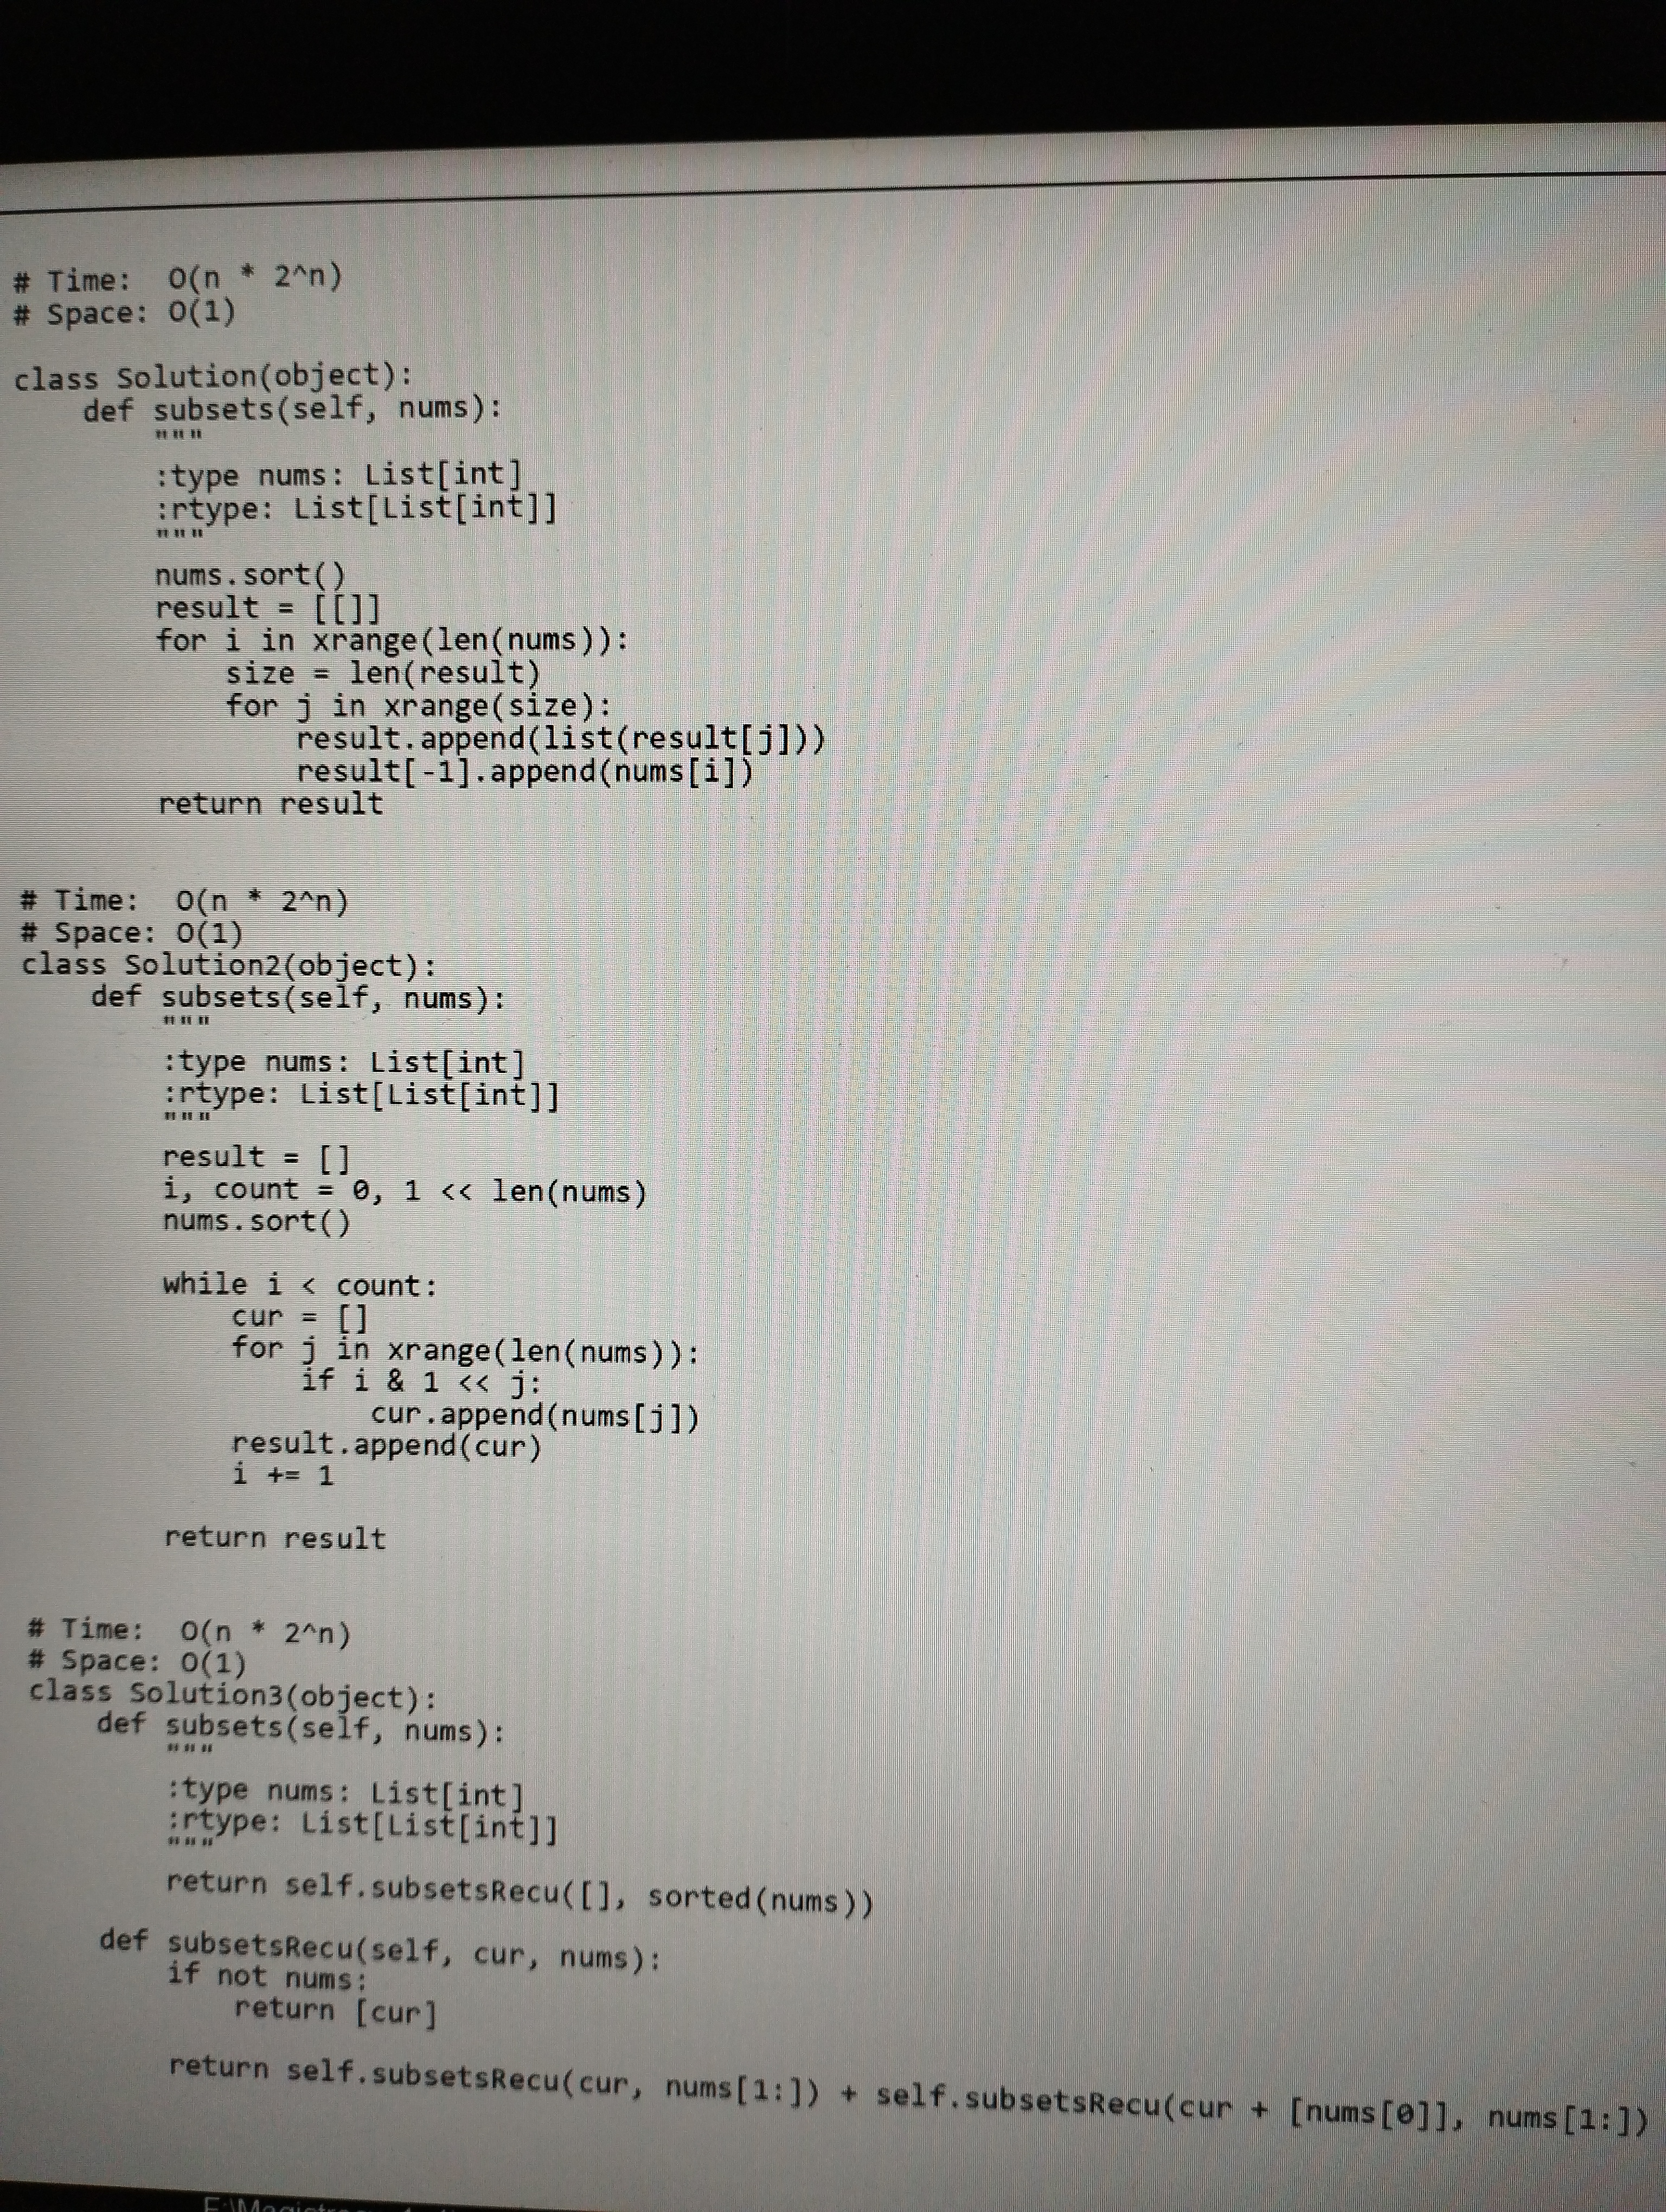
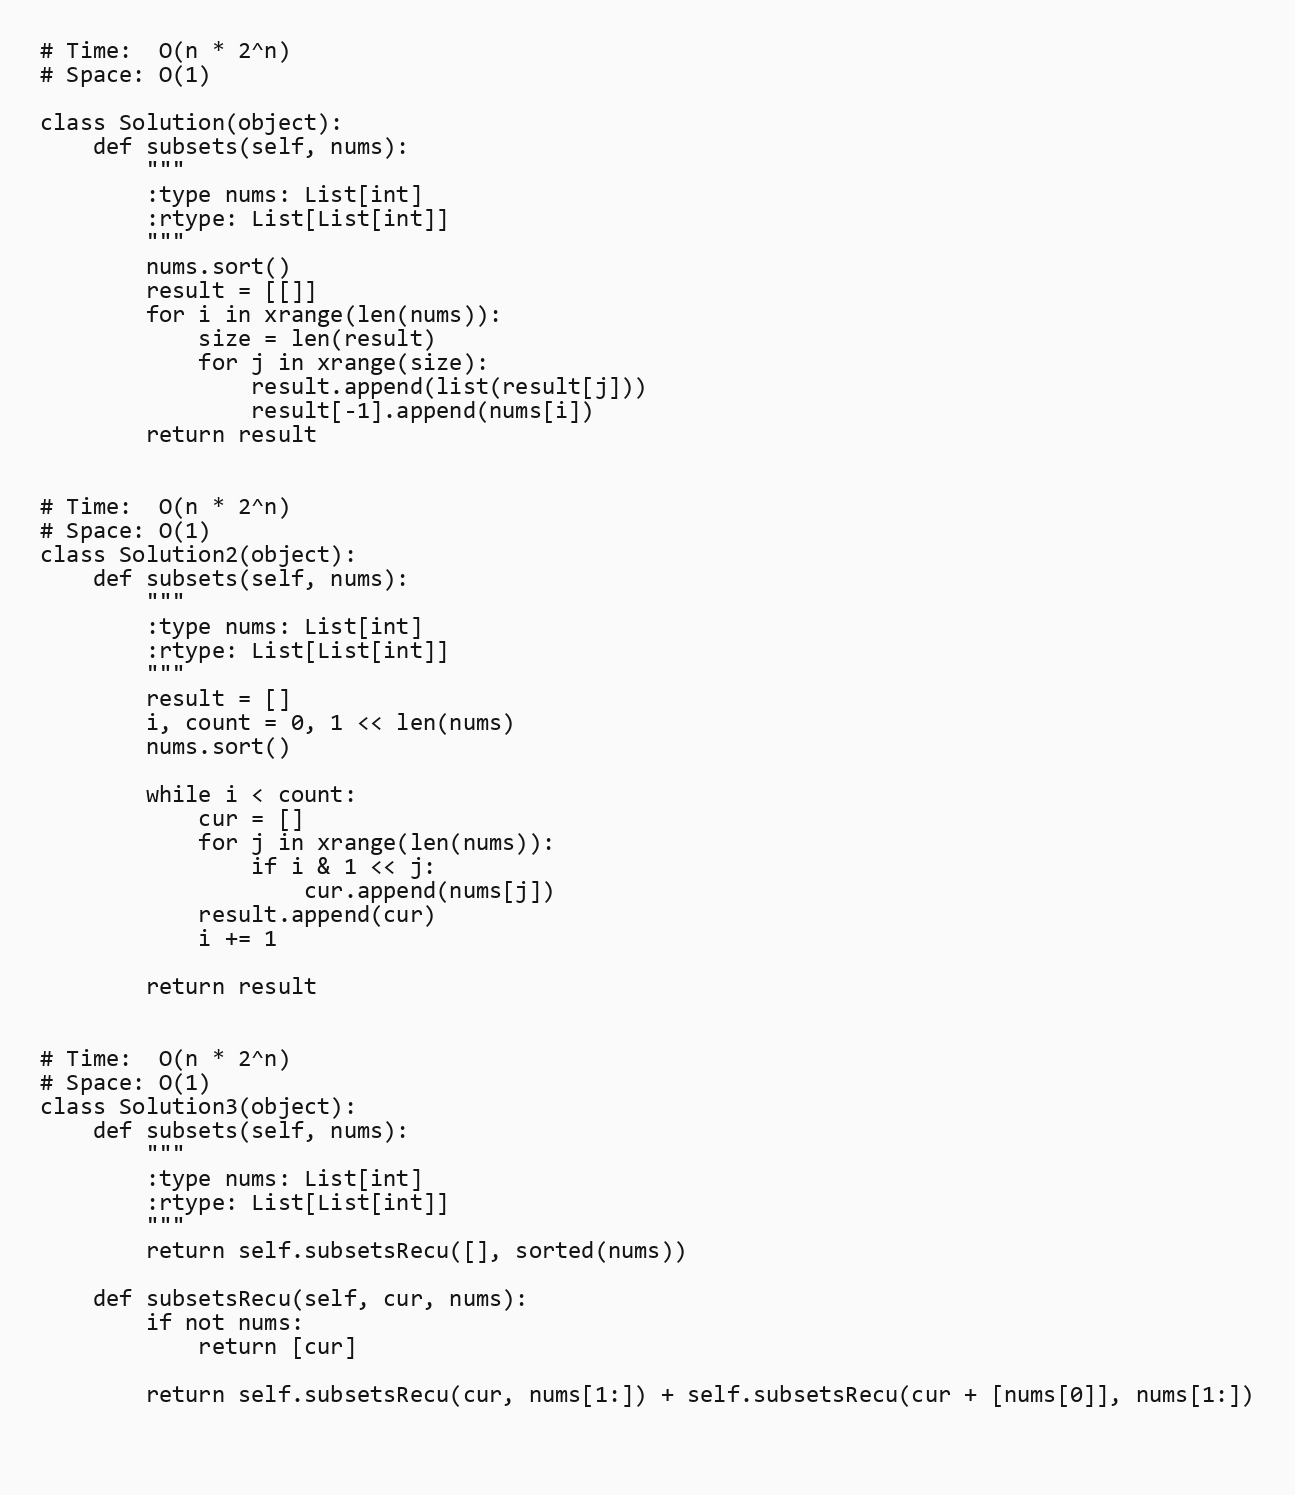
# Time:  O(n * 2^n)
# Space: O(1)

class Solution(object):
    def subsets(self, nums):
        """
        :type nums: List[int]
        :rtype: List[List[int]]
        """
        nums.sort()
        result = [[]]
        for i in xrange(len(nums)):
            size = len(result)
            for j in xrange(size):
                result.append(list(result[j]))
                result[-1].append(nums[i])
        return result

# Time:  O(n * 2^n)
# Space: O(1)
class Solution2(object):
    def subsets(self, nums):
        """
        :type nums: List[int]
        :rtype: List[List[int]]
        """
        result = []
        i, count = 0, 1 << len(nums)
        nums.sort()

        while i < count:
            cur = []
            for j in xrange(len(nums)):
                if i & 1 << j:
                    cur.append(nums[j])
            result.append(cur)
            i += 1

        return result

# Time:  O(n * 2^n)
# Space: O(1)
class Solution3(object):
    def subsets(self, nums):
        """
        :type nums: List[int]
        :rtype: List[List[int]]
        """
        return self.subsetsRecu([], sorted(nums))

    def subsetsRecu(self, cur, nums):
        if not nums:
            return [cur]

        return self.subsetsRecu(cur, nums[1:]) + self.subsetsRecu(cur + [nums[0]], nums[1:])